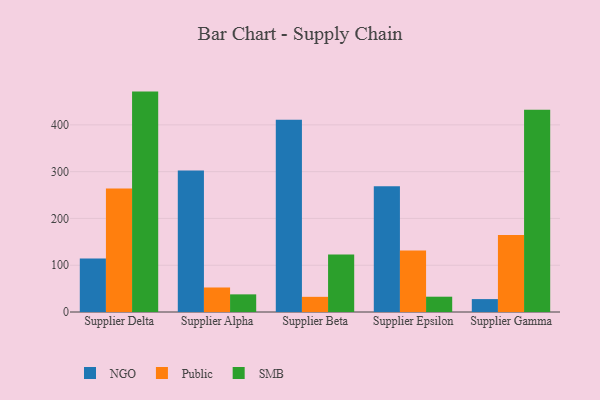
{"axis": {"x": "Supplier", "y": "Temperature (°C)"}, "legend": ["NGO", "Public", "SMB"], "data": [{"x": "Supplier Delta", "y": 114.6, "type": "NGO"}, {"x": "Supplier Delta", "y": 263.9, "type": "Public"}, {"x": "Supplier Delta", "y": 471.1, "type": "SMB"}, {"x": "Supplier Alpha", "y": 302.6, "type": "NGO"}, {"x": "Supplier Alpha", "y": 52.4, "type": "Public"}, {"x": "Supplier Alpha", "y": 37.7, "type": "SMB"}, {"x": "Supplier Beta", "y": 410.8, "type": "NGO"}, {"x": "Supplier Beta", "y": 32.4, "type": "Public"}, {"x": "Supplier Beta", "y": 122.7, "type": "SMB"}, {"x": "Supplier Epsilon", "y": 268.7, "type": "NGO"}, {"x": "Supplier Epsilon", "y": 131.2, "type": "Public"}, {"x": "Supplier Epsilon", "y": 32.7, "type": "SMB"}, {"x": "Supplier Gamma", "y": 27.6, "type": "NGO"}, {"x": "Supplier Gamma", "y": 164.6, "type": "Public"}, {"x": "Supplier Gamma", "y": 432.4, "type": "SMB"}]}